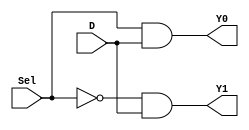
/////////////////////////////////////////////////////////////////////
// ---------------------- IVCAD 2018 Spring ---------------------- //
// ---------------------- Editor: Hsieh Hsien-Hua (Henry) -------- //
// ---------------------- Version : v.1.00  ---------------------- //
// ---------------------- Date : 2018.02    ---------------------- //
// ---------------------- 1to2 demultiplexer  -------------------- // 
/////////////////////////////////////////////////////////////////////

// Module name and I/O port
module demux1to2_nand (Y0, Y1, Sel, D);  

// Input ports declaration
input Sel;
input D;

// Output ports declaration
output Y0;
output Y1;

// Internal wires declaration
wire a;
wire b;
wire _S;

// Primitive Instantiation
nand(a, Sel, D);
nand(Y0, a, a);

nand(_S,Sel,Sel);
nand(b, _S, D);
nand(Y1, b, b);


endmodule